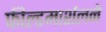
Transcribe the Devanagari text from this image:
फील्डमार्शलने